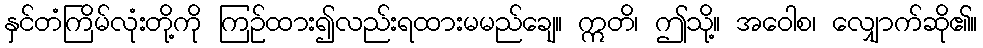
နှင်တံကြိမ်လုံးတို့ကို ကြဉ်ထား၍လည်းရထားမမည်ချေ။ ဣတိ၊ ဤသို့။ အဝေါစ၊ လျှောက်ဆို၏။